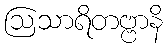
ဩသာရိတဗ္ဗာနိ